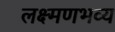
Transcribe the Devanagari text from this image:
लक्ष्मणभव्य